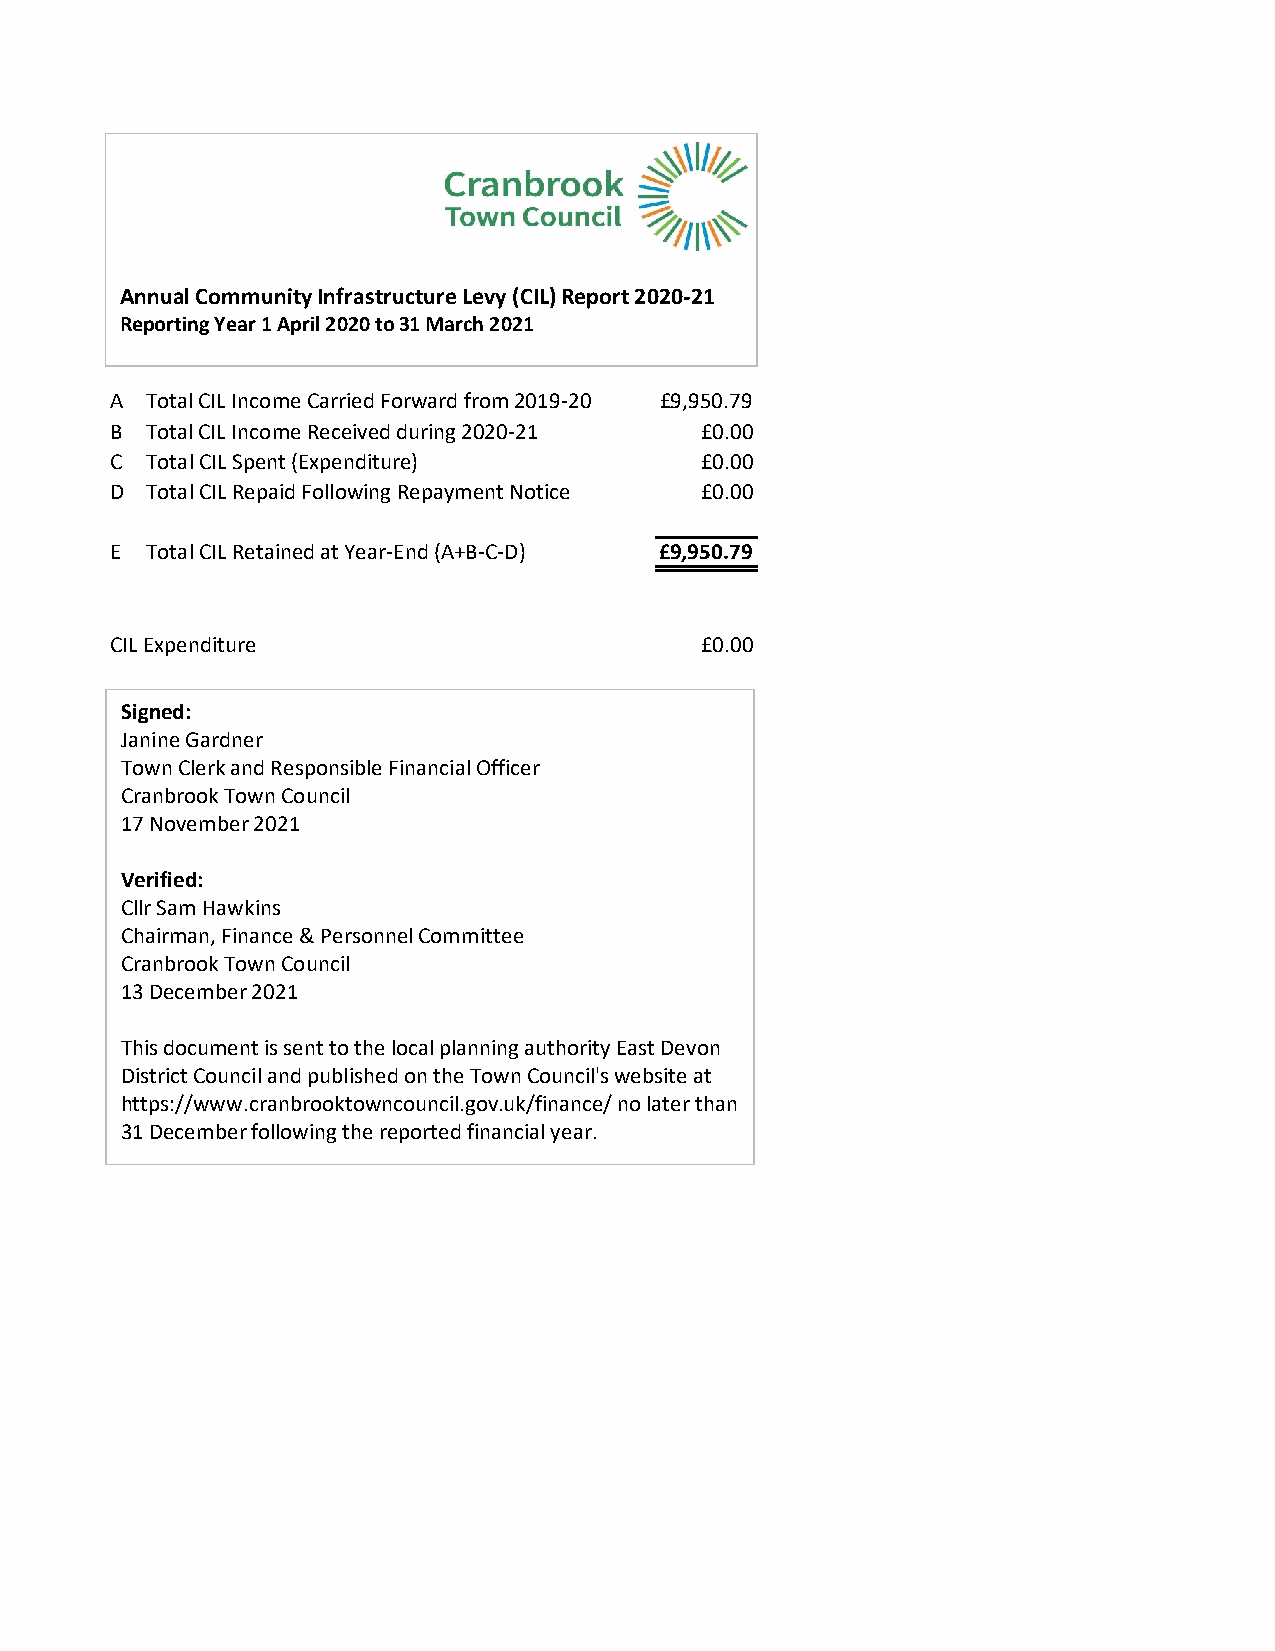
Annual Community Infrastructure Levy (CIL)Report 2020-21
 Reporting Year 1 April 2020 to31 March 2021
 A  Total CIL Income Carried Forward from 2019-20 £9,950.79
 B  Total CIL Income Received during 2020-21 £0.00
 C  Total CIL Spent (Expenditure)       £0.00
 D  Total CIL Repaid Following Repayment Notice £0.00
 E  Total CIL Retained at Year-End (A+B-C-D) £9,950.79
 CIL Expenditure                        £0.00
 Signed:
 Janine Gardner
 Town Clerk and Responsible Financial Officer
 Cranbrook Town Council
 17 November 2021
 Verified:
 Cllr Sam Hawkins
 Chairman, Finance & Personnel Committee
 Cranbrook Town Council
 13 December 2021
 This document is sent to the local planning authority East Devon
 District Council and published on the Town Council's website at
 https://www.cranbrooktowncouncil.gov.uk/finance/ no later than
 31 December following the reported financial year.